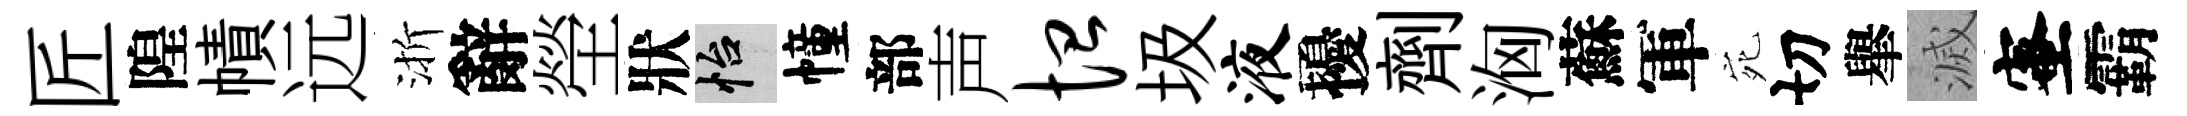
匠隍幘远渐辭塋狀怡幢部声恤圾液擾劑洶蘇軍宛切𦦙滅蜜霸